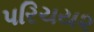
પરિચય૨